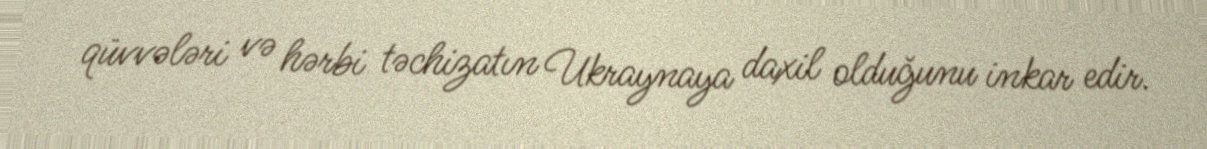
qüvvələri və hərbi təchizatın Ukraynaya daxil olduğunu inkar edir.